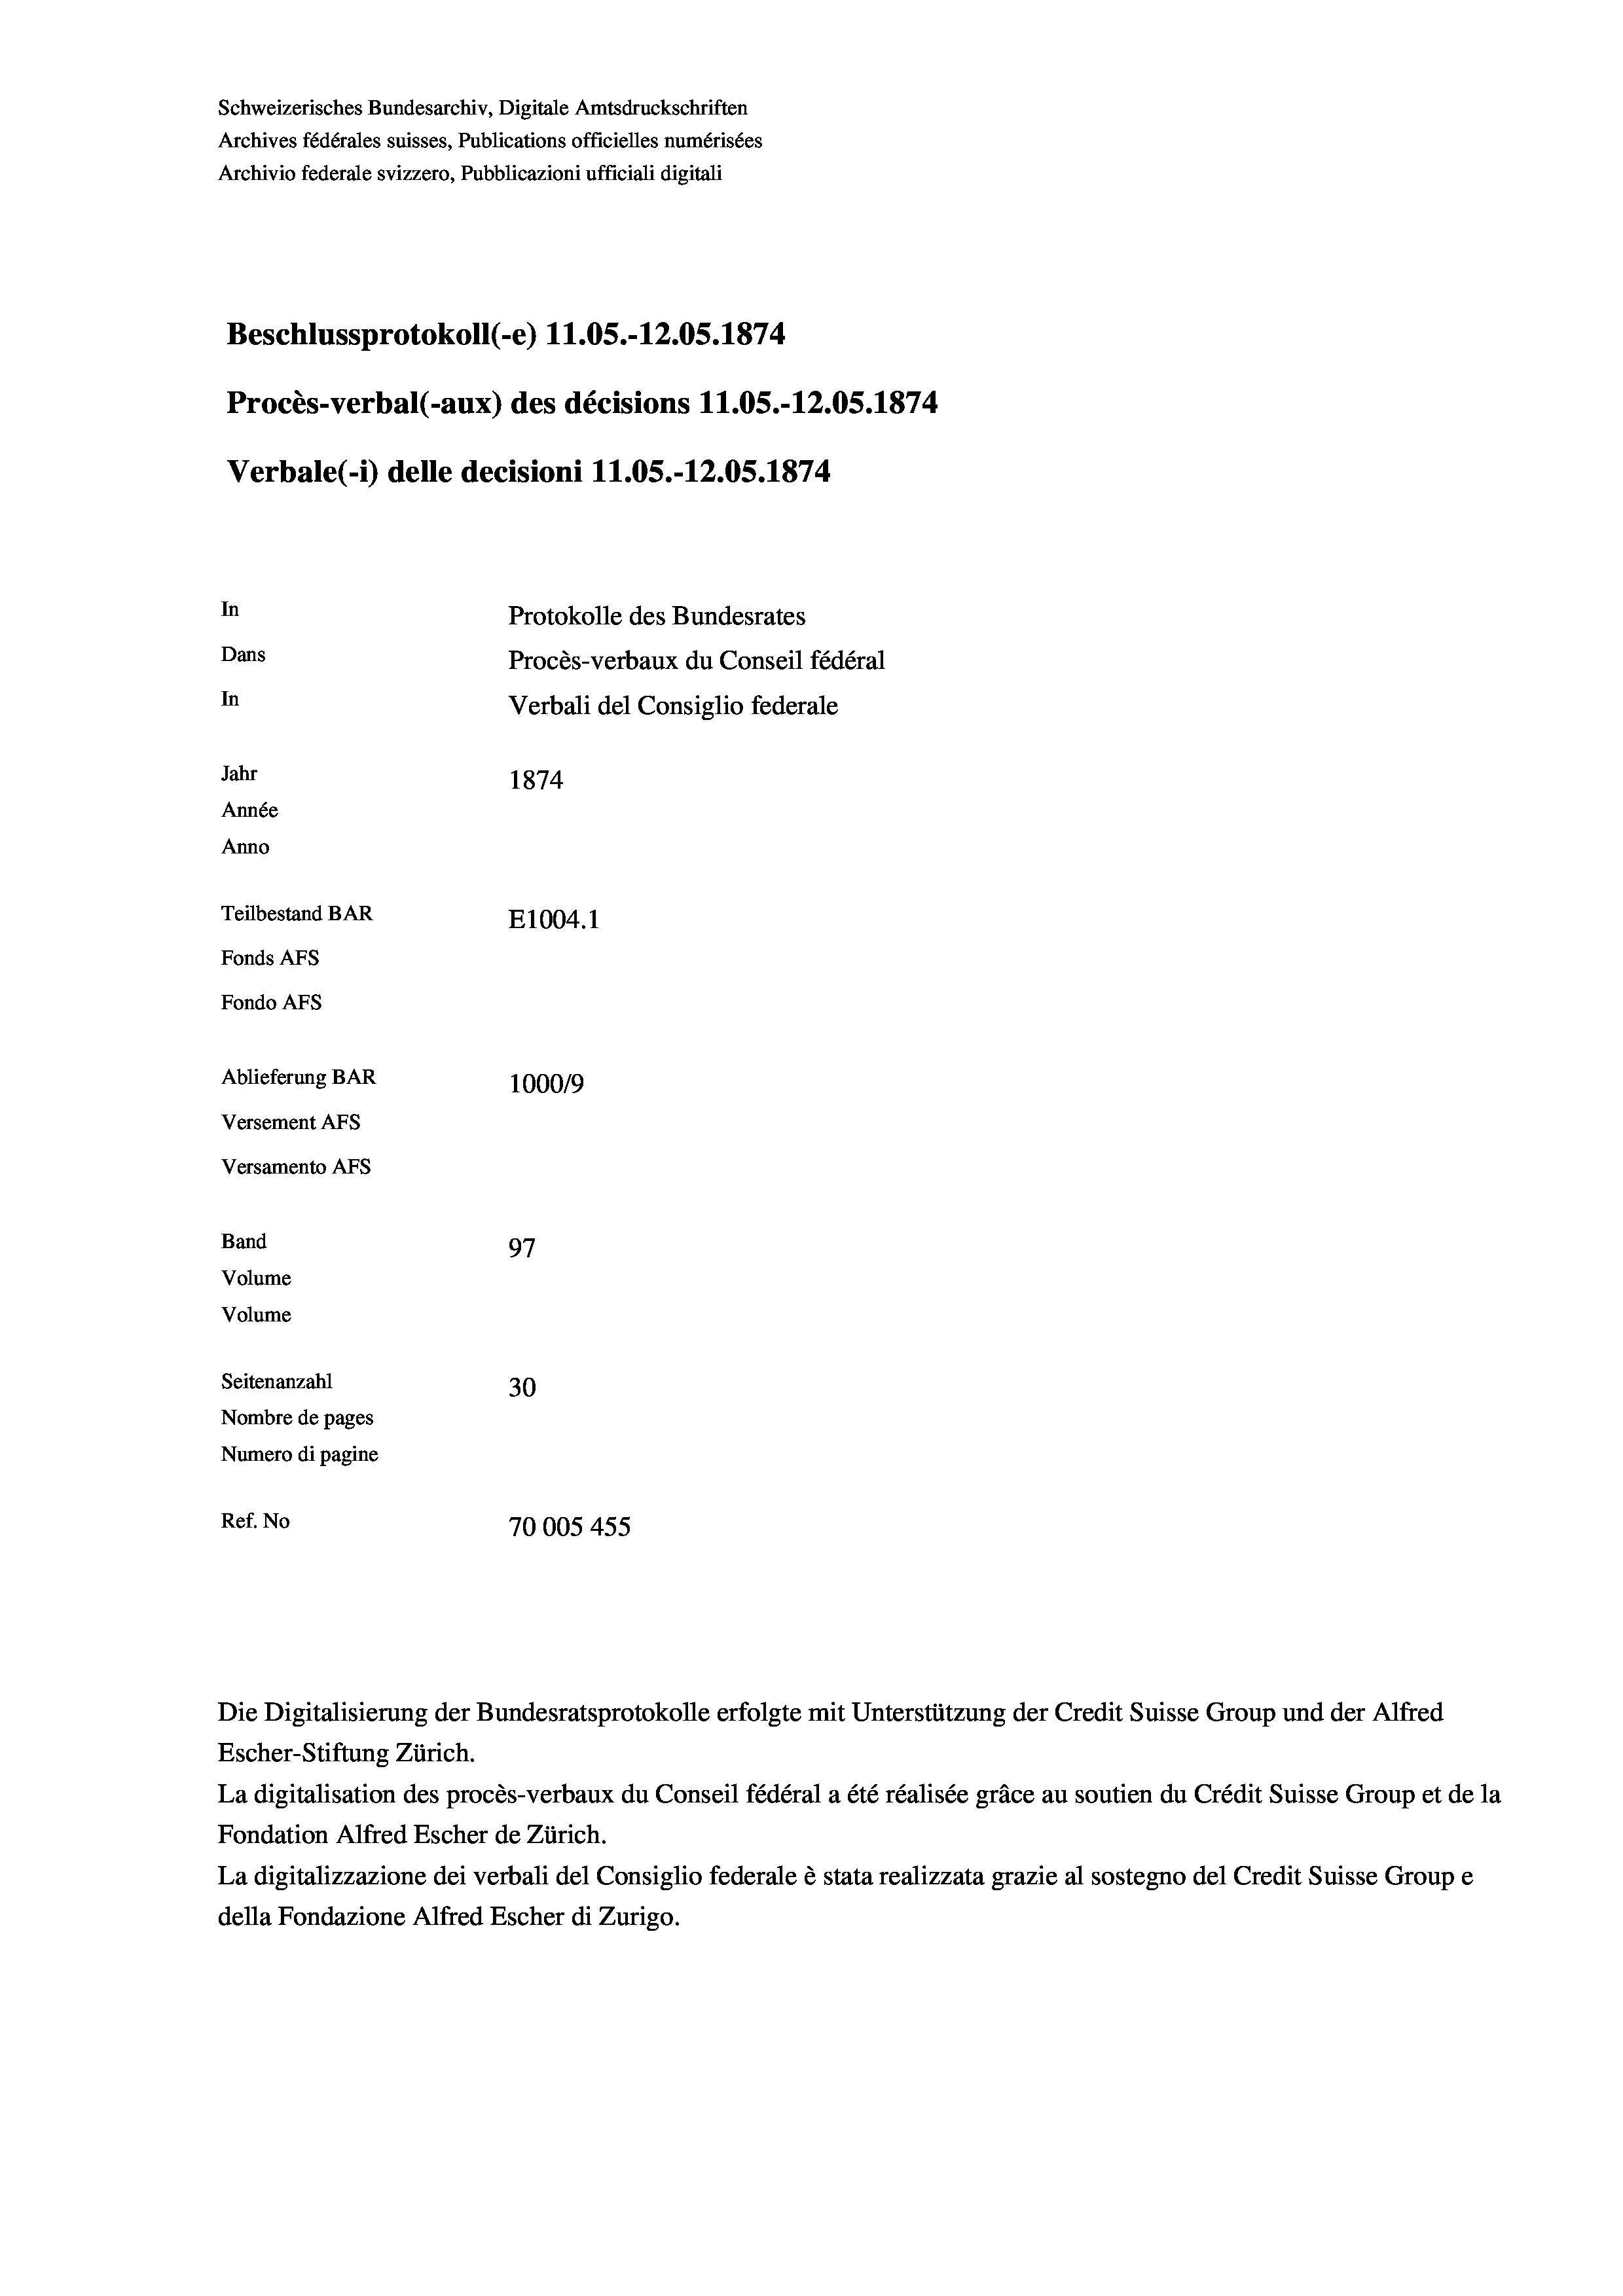
Beschlussprotokoll (-e) 11.05.-12.05. 1874
Procès-verbal (-aux) des décisions 11.05.-12.05. 1874
In
Protokolle des Bundesrates
Dans
Procès-verbaux du Conseil fédéral
In
Verbali del Consiglio federale
Jahr
1874
Année
Anno
Teilbestand BAR
E1004. 1
Fonds AFs
Fondo AFS
Ablieferung BAR
100019
Versement AFs

Schweizerisches Bundesarchiv, Digitale Amtsdruckschriften
Archives fédérales suisses, Publications officielles numérisées

Versamento Afs
Band
Volume
Volume

97
Seitenanzahl
30
Nombre de pages
Numero di pagine
Ref. No
70005 455.

Archivio federale svizzero, Pubblicazioni ufficiali digitali

Verbale(-*) delle decisioni 11.05.-12.05. 1874

Die Digitalisierung der Bundesratsprotokolle erfolgte mit Unterstützung der Credit Suisse Group und der Alfred
Escher-Stiftung Zürich.
La digitalisation des procès-verbaux du Conseil fédéral a été réalisée gräce au soutien du Crédit Suisse Group et de la
Fondation Alfred Escher de Zürich.
La digitalizzazione dei verbali del Consiglio federale è stata realizzata grazie al sostegno del Credit Suisse Groupe
della Fondazione Alfred Escher di Zurigo.